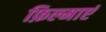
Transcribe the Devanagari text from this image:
फ़िल्माएं